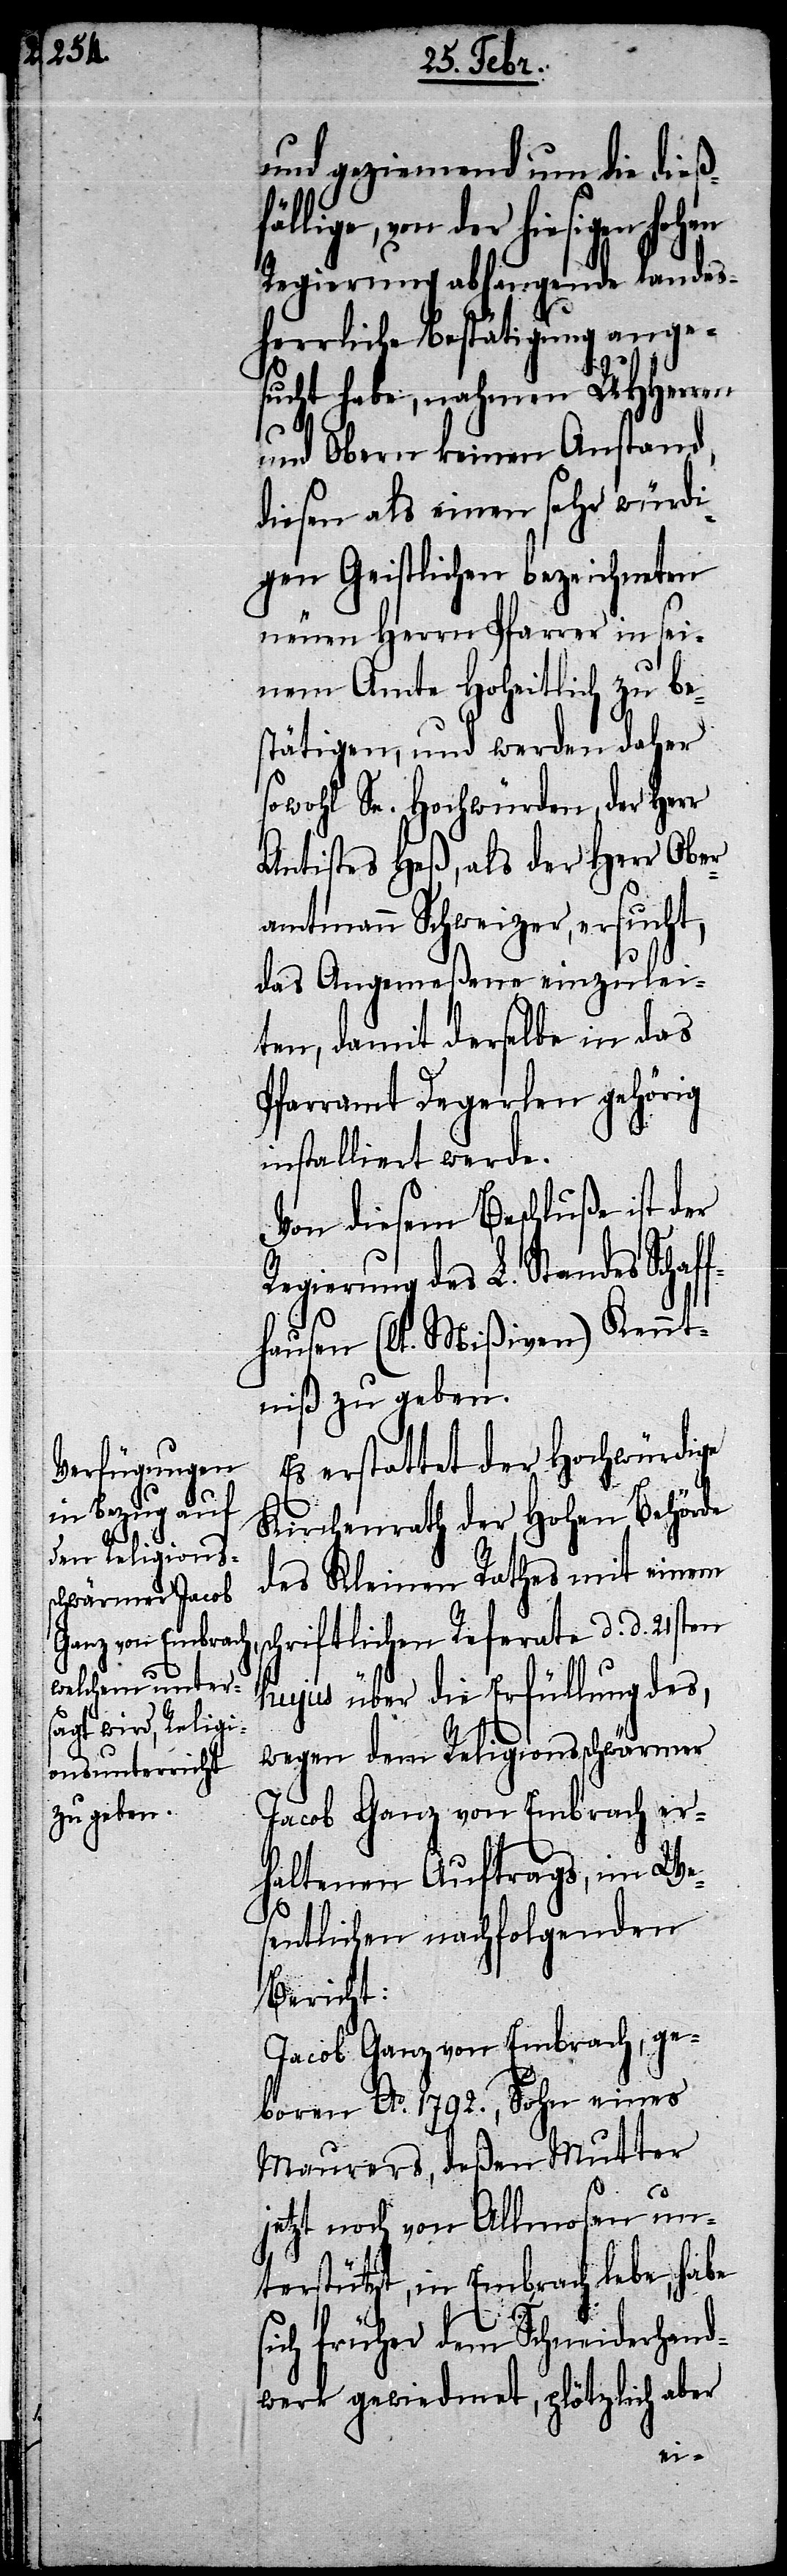
und geziemend um die dießf¬
ällige, von der hiesigen
Regierung abhangende landes¬
herrliche Bestätigung ange¬
sucht habe, nahmen UHHerren
und Obern keinen Anstand,
diesen als einen sehr würdi¬
gen Geistlichen bezeichneten
neuen Herrn Pfarrer in sei¬
nem Amte Hoheitlich zu bes¬
tätigen, und werden daher
sowohl Sr. Hochwürden, der Herr
Antistes Heß, als der Herr Ober¬
amtmann Schweizer, ersucht,
das Angemeßene einzulei¬
ten, damit derselbe in das
Pfarramt Degerlen gehörig
installiert werde.
Von diesem Beschluße ist der
gierung des L. Standes Schaf¬
fhausen (lt. Mißiven) Kennt¬
niß zu geben.
Es erstattet der Hochwürdige
Kirchenrath der Hohen Behörde
des Kleinen Rathes mit einem
chriftlichen Referate d. d. 21sten
hujus über die Erfüllung des,
wegen dem Religionsschwärmer
Jacob Ganz von Embrach er¬
haltenen Auftrags, im We¬
sentlichen nachfolgenden
Bericht:
Jacob Ganz von Embrach, ge¬
boren Ao. 1792., Sohn eines
Maurers, deßen Mutter
jetzt noch von Allmosen un¬
terstützt, in Embrach lebe, habe
ich früher dem Schneiderhand¬
werk gewiedmet, plötzlich aber
s¬